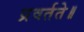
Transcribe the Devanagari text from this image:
प्रवर्तते॥